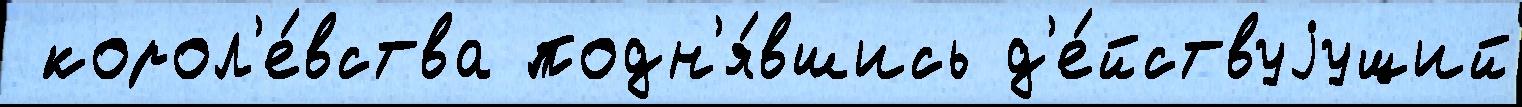
 корол'е́вства подн'я́вшись д'е́йствуjущий